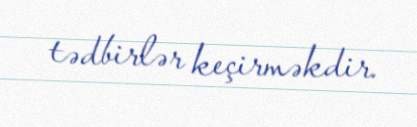
tədbirlər keçirməkdir.